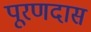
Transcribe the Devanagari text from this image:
पूरणदास